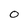
Character: 0